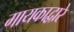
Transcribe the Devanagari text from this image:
गायकाद्वारे